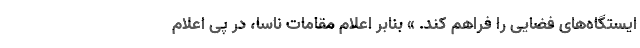
ایستگاه‌های فضایی را فراهم کند. » بنابر اعلام مقامات ناسا، در پی اعلام